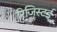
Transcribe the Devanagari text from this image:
रिजिस्टर्ड